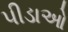
પીડાઓ